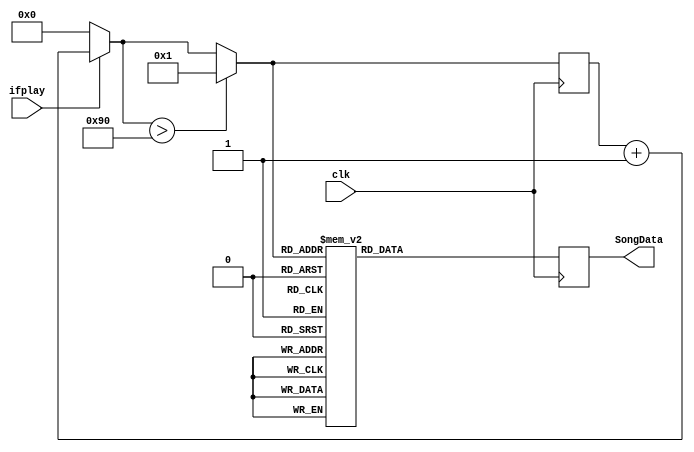
`timescale 1ns / 1ps
//////////////////////////////////////////////////////////////////////////////////
// Company: 
// Engineer: 
// 
// Design Name: 
// Module Name:    song1 
// Project Name: 
// Target Devices: 
// Tool versions: 
// Description: 
//
// Dependencies: 
//
// Revision: 
// Revision 0.01 - File Created
// Additional Comments: 
//
//////////////////////////////////////////////////////////////////////////////////
module song1(clk,ifplay,SongData);	
input ifplay;
input clk;
output [4:0]SongData;
reg [7:0]state;
initial state=0;
reg[4:0]YinFu;
assign SongData=YinFu;
always @(posedge clk)
begin
   state = state + 1'b1;	
	if(!ifplay)begin state=0;end
   if(state>144) begin state = 1;end//	
	case(state)
	1,2:YinFu=5'b01000;
	3,4,5,6:YinFu=5'b01001;
	
	7,8,9:YinFu=5'b01001;
	10:YinFu=5'b01000;
	11,12:YinFu=5'b00111;
	
   13,14:YinFu=5'b00101;
	15,16,17:YinFu=5'b00111;
	18:YinFu=5'b01000;
	
	19,20,21,22,23,24:YinFu=5'b00111;
	
	25,26:YinFu=5'b01000;
	27,28,29,30:YinFu=5'b01001;
	
	31,32,33:YinFu=5'b01001;
	34:YinFu=5'b01011;
	35,36:YinFu=5'b01001;
	
	37,38:YinFu=5'b01001;
	39,40:YinFu=5'b01000;
	41,42:YinFu=5'b01001;
	
	43,44,45,46,47,48:YinFu=5'b01001;
	
	49,50:YinFu=5'b01011;
	51,52,53,54:YinFu=5'b01100;
	
	55,56,57:YinFu=5'b01100;
	58:YinFu=5'b01011;
	59,60:YinFu=5'b01001;
	
	61,62:YinFu=5'b01001;
	63,64:YinFu=5'b01011;
	65,66:YinFu=5'b01100;
	
	67,68,69,70,71,72:YinFu=5'b01011;
	
	73,74:YinFu=5'b01000;
	75,76:YinFu=5'b01001;
	77,78:YinFu=5'b01001;
	
	79,80,81:YinFu=5'b01000;
	82:YinFu=5'b01001;
	83,84:YinFu=5'b01000;
	
	85,86:YinFu=5'b01000;
	87,88:YinFu=5'b01001;
	89,90:YinFu=5'b00101;
	
	91,92,93,94,95,96:YinFu=5'b00101;
	
	97:YinFu=5'b01000;
	98:YinFu=5'b01000;
	99:YinFu=5'b01000;
	100:YinFu=5'b00111;
	101,102:YinFu=5'b00101;
	
	103:YinFu=5'b01000;
	104:YinFu=5'b01000;
	105:YinFu=5'b01000;
	106:YinFu=5'b00111;
	107,108:YinFu=5'b00101;
	
	109,110:YinFu=5'b01000;
	111,112:YinFu=5'b01001;
	113,114:YinFu=5'b00111;
	
	115,116,117:YinFu=5'b01000;
	118:YinFu=5'b01001;
	119,120:YinFu=5'b01011;
	
	121:YinFu=5'b01100;
	122:YinFu=5'b01100;
	123:YinFu=5'b01100;
	124:YinFu=5'b01011;
	125,126:YinFu=5'b01001;
	
	127:YinFu=5'b01000;
	128:YinFu=5'b01000;
	129:YinFu=5'b01000;
	130:YinFu=5'b00111;
	131,132:YinFu=5'b00101;
	
	133,134:YinFu=5'b00101;
	135,136:YinFu=5'b00100;
	137,138:YinFu=5'b00101;
	
	139,140,141,142,143,144:YinFu=5'b00101;
	default:YinFu=5'b10101;
	endcase
end


endmodule